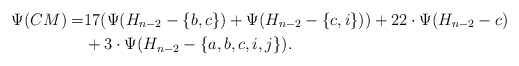
\begin{align*}\Psi (CM) = & 17(\Psi(H_{n-2}-\{b,c\}) + \Psi(H_{n-2}-\{c,i\})) + 22\cdot \Psi (H_{n-2} - c) \\&+ 3\cdot \Psi (H_{n-2}-\{a,b,c,i,j\}).\end{align*}